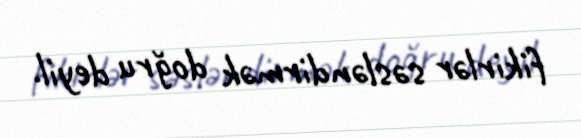
fikirlər səsləndirmək doğru deyil.